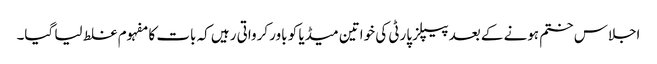
اجلاس ختم ہونے کے بعد پیپلز پارٹی کی خواتین میڈیا کو باور کرواتی رہیں کہ بات کا مفہوم غلط لیا گیا۔